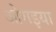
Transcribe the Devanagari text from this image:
ओमइया